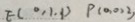
E ( 0 , 1 . 1 ) P ( 0 , 0 , 2 )